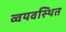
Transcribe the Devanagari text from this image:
व्वयवस्थित